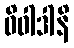
ဝိဝါဒါနိ